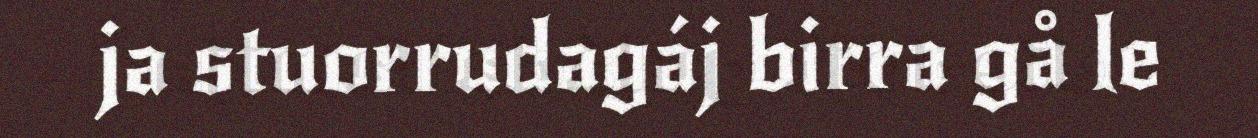
ja stuorrudagáj birra gå le